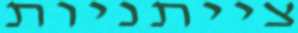
צייתניות